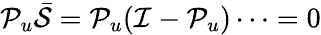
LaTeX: \mathcal{P}_{u}\bar{\mathcal{S}}=\mathcal{P}_{u}(\mathcal{I}-\mathcal{P}_{u})\cdots=0